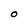
Character: O